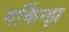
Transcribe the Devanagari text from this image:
पर्किन्झ